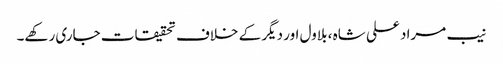
نیب مراد علی شاہ ، بلاول اور دیگر کے خلاف تحقیقات جاری رکھے۔